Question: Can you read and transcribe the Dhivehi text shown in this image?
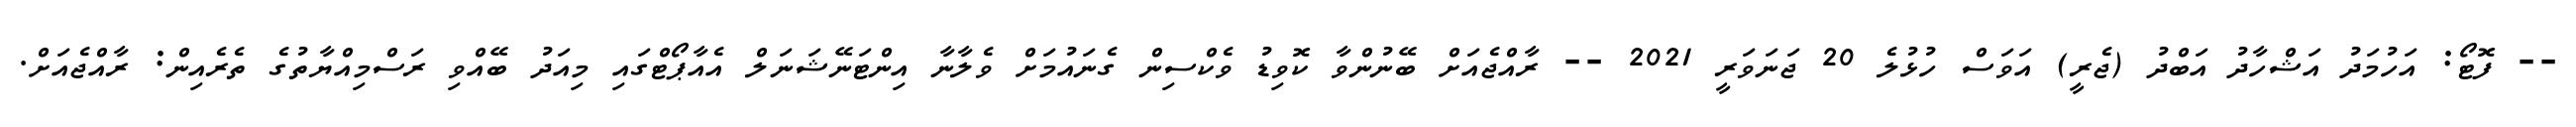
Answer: -- ފޮޓޯ: އަހުމަދު އަޝްހާދު އަބްދު (ޖެރީ) އަވަސް ހުޅުލެ 20 ޖަނަވަރީ 2021 -- ރާއްޖެއަށް ބޭނުންވާ ކޮވިޑު ވެކްސިން ގެނައުމަށް ވެލާނާ އިންޓަނޭޝަނަލް އެއާޕޯޓްގައި މިއަދު ބޭއްވި ރަސްމިއްޔާތުގެ ތެރެއިން: ރާއްޖެއަށް.